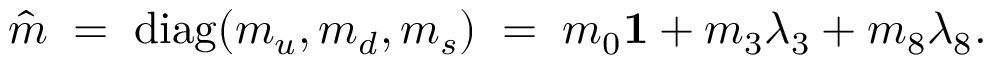
\hat { m } \; = \; \mathrm { d i a g } ( m _ { u } , m _ { d } , m _ { s } ) \; = \; m _ { 0 } { \bf 1 } + m _ { 3 } \lambda _ { 3 } + m _ { 8 } \lambda _ { 8 } .